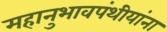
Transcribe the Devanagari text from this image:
महानुभावपंथीयांना